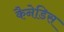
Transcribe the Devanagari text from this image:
कैनेडिस